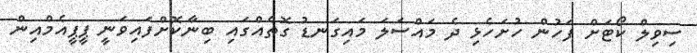
ސިވިލް ކޯޓަށް ފަހުން ހުށަހެޅި ދެ މައްސަލަ މައިގަނޑު ގޮތެއްގައި ބިނާކޮށްފައިވަނީ ޕީޕީއެމްއިން